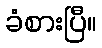
ခံစားပြီ။